Report on vaccination in Madras 1895-1903 - 1895-1903
Year: 1895
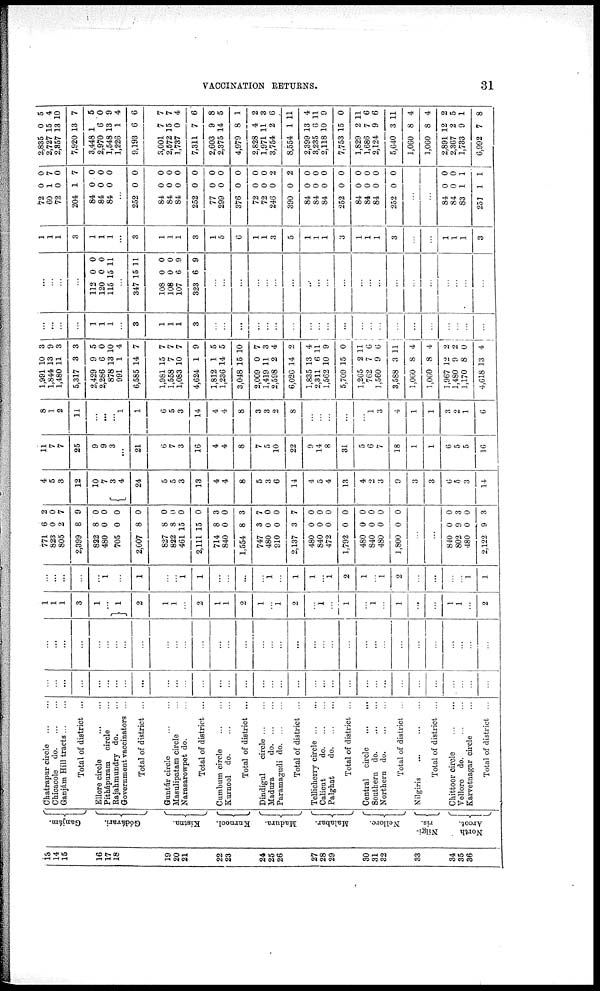
VACCINATION RETURNS.
31
13
14
15
16
17
18
19
20
21
22
23
24
25
26
27
28
29
30
31
32
33
34
35
36
Ganjám.
Gódávari.
Kistna.
Kurnool.
Madura.
Malabar.
Nellore.
Nilgi-
ris.
North
Arcot.
Chatrapur circle
...
...
Chicacole
do. ... ...
Ganjám Hill tracts ... ...
Total of district ...
Ellore circle
...
...
Pithápuram circle ...
Rajahmundry do. ...
Government vaccinators ...
Total of district ...
Guntúr circle
...
...
Masulipatam circle ...
Narasarowpet do. ...
Total of district ...
Cumbum circle
...
...
Kurnool do.
...
...
Total of district ...
Dindigul
circle ... ...
Madura
do. ... ...
Paramagudi
do. ... ...
Total of district ...
Tellicherry circle
...
...
Calicut
do. ... ...
Palghat
do. ... ...
Total of district ...
Central circle
...
...
Southern
do. ... ...
Northern
do. ... ...
Total of district ...
Nilgiris
... ... ...
Total of district ...
Chittoor circle
...
...
Vellore do.
...
...
Karvetnagar circle ...
Total of district ...
...
...
...
...
...
...
...
...
...
...
...
...
...
...
...
...
...
...
...
...
...
...
...
...
...
...
...
...
...
...
...
...
...
...
...
...
...
...
...
...
...
...
...
...
...
...
...
...
...
...
...
...
...
...
...
...
...
...
...
...
...
...
...
...
...
...
...
...
1
1
1
3
1
...
1
2
1
1
...
2
1
1
2
1
...
1
2
...
1
...
1
...
1
...
1
...
...
1
1
...
2
...
...
...
...
...
1
...
1
...
...
1
1
...
...
...
...
1
...
1
1
...
1
2
1
...
1
2
...
...
...
...
1
1
771
823
805
2,399
822
480
705
2,007
827
822
461
2,111
714
840
1,554
747
480
910
2,137
480
840
472
1,792
480
840
480
1,800
6
0
2
8
8
0
0
8
8
8
15
15
8
0
8
3
0
0
3
0
0
0
0
0
0
0
0
2
0
7
9
0
0
0
0
0
0
0
0
3
0
3
7
0
0
7
0
0
0
0
0
0
0
0
...
...
840
802
480
2,122
0
9
0
9
0
3
0
3
4
5
3
12
10
7
3 4
24
5
5
3
13
4
4
8
5
3
6
14
4
5
4
13
4
2
3
9
3
3
6
5
3
14
11
7
7
25
9
9
3
...
21
6
7
3
16
4
4
8
7
5
10
22
9
14
8
31
5
6
7
18
1
1
6
5
5
16
8
1
2
11
...
...
...
1
1
6
5
3
14
4
4
8
3
3
2
8
...
...
...
...
...
1
3
4
1
1
3
2
1
6
1,991
1,844
1,480
5,317
2,429
2,286
878
991
6,585
1,981
1,558
1,083
4,624
1,812
1,236
3,048
2,009
1,419
2,598
6,026
1,835
2,311
1,562
5,709
1,265
762
1,560
3,588
1,060
1,060
1,967
1,480
1,170
4,618
10
13
11
3
9
6
13
1
14
15
7
10
1
1
14
15
0
11
2
14
13
6
10
15
2
7
9
3
8
8
12
9
8
3
3
9
3
3
5
0
10
4
7
7
7
7
9
5
5
10
7
3
4
2
4
11
9
0
11
6
6
11
4
4
2
2
0
4
...
...
...
...
1
1
1
...
3
1
1
1
3
...
...
...
...
...
...
...
...
...
...
...
...
...
...
...
...
...
...
...
...
...
...
...
...
...
112
120
115
0
0
15
0
0
11
...
347
108
108
107
323
15
0
0
6
6
11
0
0
9
9
...
...
...
...
...
...
...
...
...
...
...
...
...
...
...
...
...
...
...
...
...
1
1
1
3
1
1
1
...
3
1
1
1
3
1
5
6
1
1
3
5
1
1
1
3
1
1
1
3
...
...
1
1
1
3
72
60
72
204
84
84
84
0
1
0
1
0
0
0
0
7
0
7
0
0
0
...
252
84
84
84
252
77
299
376
72
72
246
390
84
84
84
252
84
84
84
252
0
0
0
0
0
0
0
0
0
0
0
0
0
0
0
0
0
0
0
0
0
0
0
0
0
0
0
0
0
0
2
2
0
0
0
0
0
0
0
0
...
...
84
84
83
251
0
0
1
1
0
0
1
1
2,835
2,727
2,357
7,920
3,448
2,970
1,548
1,226
9,193
3,001
2,572
1,737
7,311
2,603
2,375
4,979
2,828
1,971
3,754
8,554
2,399
3,235
2,118
7,753
1,829
1,686
2,124
5,640
1,060
1,060
2,891
2,367
1,733
6,992
0
15
13
13
1
6
13
1
6
7
15
0
7
9
14
8
4
11
2
1
13
6
10
15
2
7
9
3
8
8
12
2
9
7
5
4
10
7
5
0
9
4
6
7
7
4
6
8
5
1
2
3
6
11
4
11
9
0
11
6
6
11
4
4
2
5
1
8